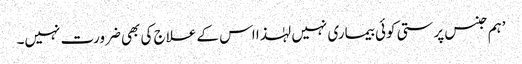
’ہم جنس پرستی کوئی بیماری نہیں لہٰذا اس کے علاج کی بھی ضرورت نہیں۔